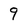
Character: 9